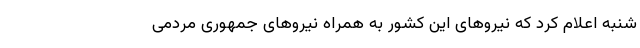
شنبه اعلام کرد که نیروهای این کشور به همراه نیروهای جمهوری مردمی